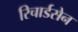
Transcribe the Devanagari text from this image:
रिचार्डसेन